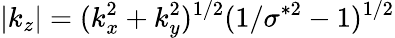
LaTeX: |k_{z}|=(k_{x}^{2}+k_{y}^{2})^{1/2}(1/\sigma^{*2}-1)^{1/2}